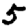
Digit: 5